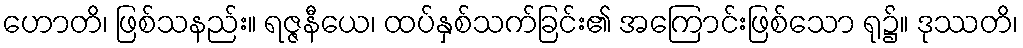
ဟောတိ၊ ဖြစ်သနည်း။ ရဇ္ဇနီယေ၊ ထပ်နှစ်သက်ခြင်း၏ အကြောင်းဖြစ်သော ရု၌။ ဒုဿတိ၊